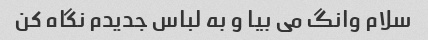
سلام وانگ می بیا و به لباس جدیدم نگاه کن